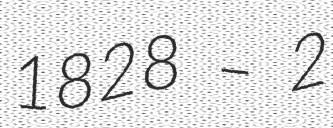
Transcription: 1828 – 2